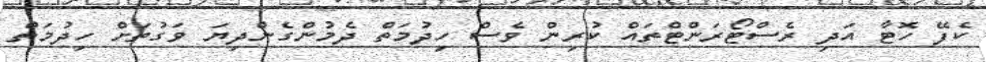
ކެފޭ ހޮޓާ އަދި ރެސްޓޯރަންޓްތައް ކުރިން ވެސް ހިދުމަތް ދެމުންގެންދިޔަ ވަގުތަށް ހިދުމަތް